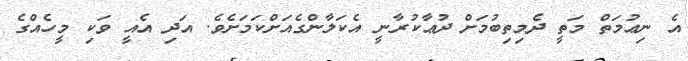
އެ ނިޢުމަތް މަތީ ދެމިތިބުމަށް ދުޢާކުރާނީ އެކަލާންގެއަށްކަމަށެވެ. އަދި އެއީ ވަކި މީހެއްގެ